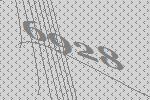
6928